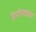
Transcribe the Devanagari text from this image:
बेणेमळा